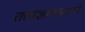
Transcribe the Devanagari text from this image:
तत्त्वज्ञानासाठी